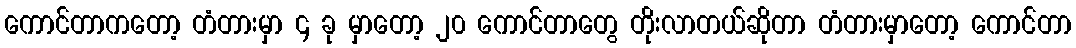
ကောင်တာကတော့ တံတားမှာ ၄ ခု မှာတော့ ၂၀ ကောင်တာတွေ တိုးလာတယ်ဆိုတာ တံတားမှာတော့ ကောင်တာ